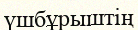
үшбұрыштің